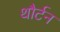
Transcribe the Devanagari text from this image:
थौर्टन